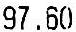
97.60